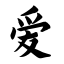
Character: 爱